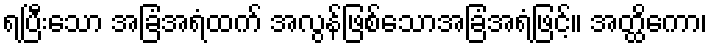
ရပြီးသော အခြံအရံထက် အလွန်ဖြစ်သောအခြံအရံဖြင့်။ အတ္ထိကော၊